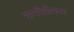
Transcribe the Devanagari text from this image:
नागरिकीकरण